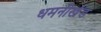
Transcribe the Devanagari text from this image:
धमनीखंड